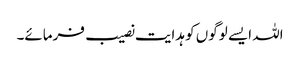
اللہ ایسے لوگوں کو ہدایت نصیب فرمائے۔